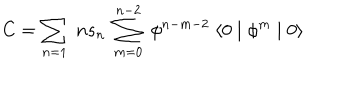
C = \sum _ { n = 1 } \; n s _ { n } \; \sum _ { m = 0 } ^ { n - 2 } \; \phi ^ { n - m - 2 } \; \langle 0 \mid \phi ^ { m } \mid 0 \rangle